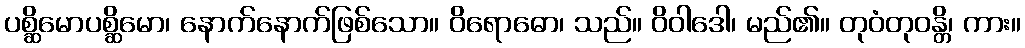
ပစ္ဆိမောပစ္ဆိမော၊ နောက်နောက်ဖြစ်သော။ ဝိရောဓော၊ သည်။ ဝိဝါဒေါ၊ မည်၏။ တုဝံတုဝန္တိ၊ ကား။